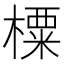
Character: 㯨